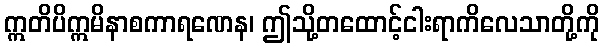
ဣတိပိဣမိနာစကာရဏေန၊ ဤသို့တထောင့်ငါးရာကိလေသာတို့ကို